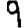
Digit: 9